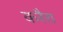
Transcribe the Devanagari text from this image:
करैरा